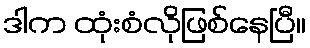
ဒါက ထုံးစံလိုဖြစ်နေပြီ။